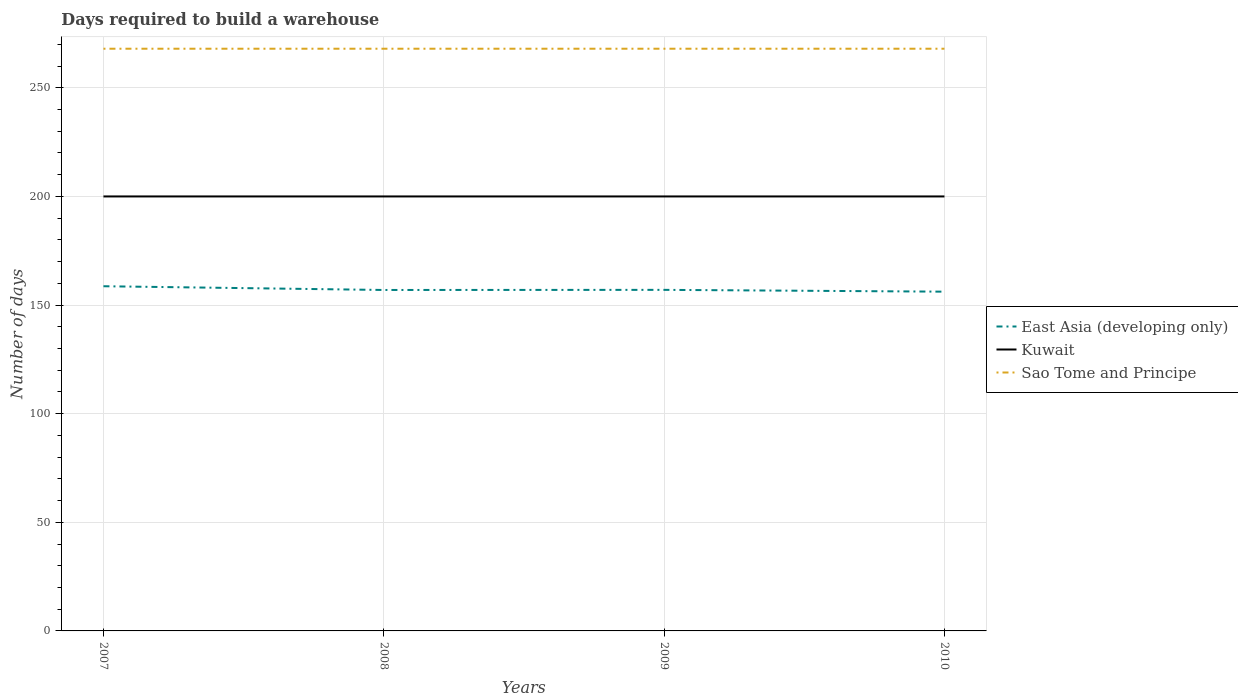
| Years | East Asia (developing only) | Kuwait | Sao Tome and Principe |
 | --- | --- | --- | --- |
 | 2007 | 159 | 200 | 268 |
 | 2008 | 157 | 200 | 268 |
 | 2009 | 157 | 200 | 268 |
 | 2010 | 156 | 200 | 268 |